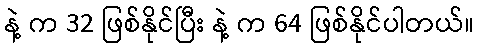
နဲ့ က 32 ဖြစ်နိုင်ပြီး နဲ့ က 64 ဖြစ်နိုင်ပါတယ်။